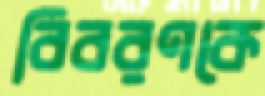
বিবরণকে